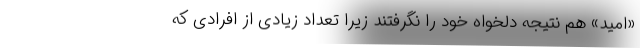
«امید» هم نتیجه دلخواه خود را نگرفتند زیرا تعداد زیادی از افرادی که